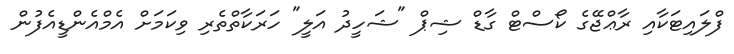
ފްލައިޓަކާއި ރާޢްޖޭގެ ކޯސްޓް ގާޑް ޝިޕް "ޝަހީދު އަލީ" ހަރަކާތްތެރި ވިކަމަށް އެމްއެންޑީއެފުން